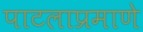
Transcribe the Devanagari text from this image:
पाटलाप्रमाणे